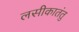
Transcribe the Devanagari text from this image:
लसीकातंतु